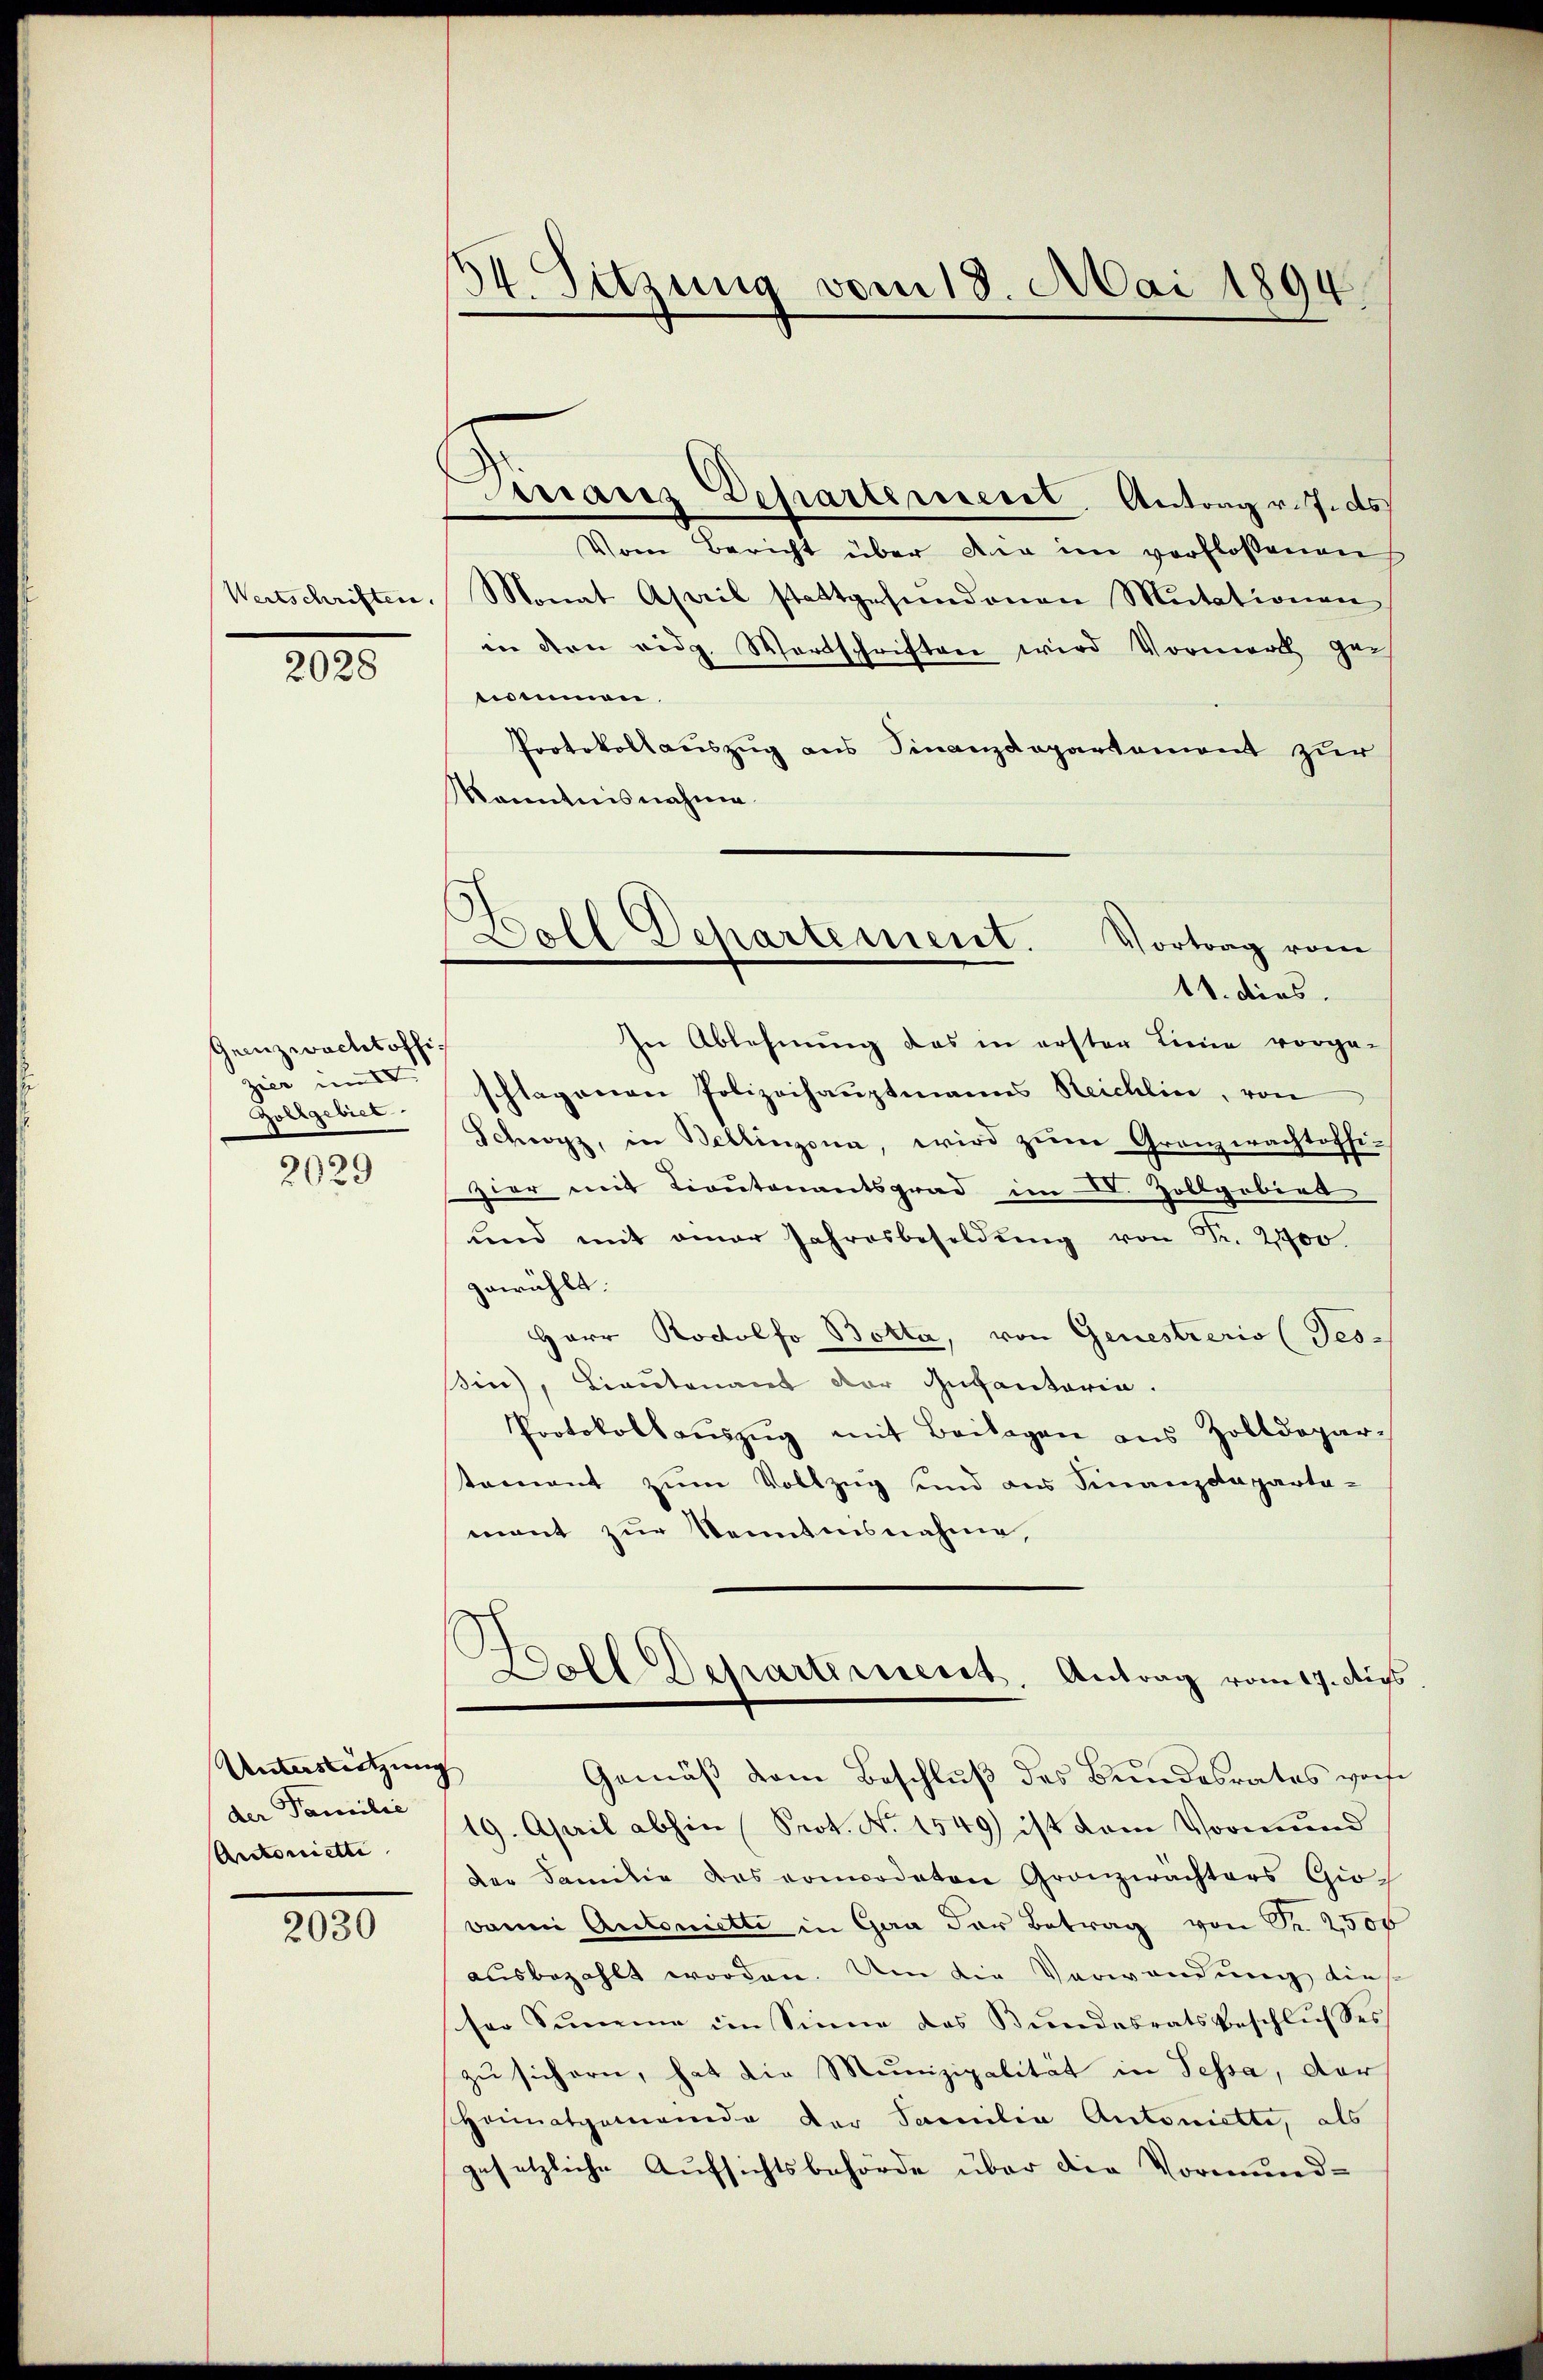
Wertschriften.

2028

Grenzwacht offizier und
Zollgebiet

2029

Unterstützung
der Familie
Arctoniette

2030

34. Sitzung vom 18. Mai 1894

Daraus Departenseret. Antrag refids
Vom Bericht über den im verflossenen
Monat April stattgefundenen Mutationen
in den eidg. Wortschriften wird Vormerk ge-
nommen.
Protokollauszug aus Finanzdepartement zur
Kenntnisnahme
In Ablehnung das in erster Linie vorge-
schlagenen Polizeihauptmanns Reichlin, von
Schwyz, in Bellinzona, wird zum Granzwachtoffi-
zier mit Liontonantsgrad im D. Zollgobirt
lnd mit einer Jahresbesoldŭng von Fr. 2900.
gewählt.
Herr Rodolfo Botta, von Genestreris (Tes-
in), Lieutenant der Infantaria.
Protokoll aŭszŭg mit Beilagen aus Zolldepar-
tement zum Vollzug und aus Finanzdeparta-
mant zur Kenntnisnahme,
Holl Departement. Antrag vom 17. dies
Gemäß dem Beschluß des Bundesrates woh
19. April abhin (Prot. No 1549) ist dem Vormund
der Familie das vommodaten Granzwachters Gio¬
Banni Automette in Gera der Betrag von Sr. 2500
ausbezahlt worden. Um die Verwendung dies
ser Summe im Sinne des Bundesratsbeschlusses
zu sichern, hat die Munizipalität in Tessa, der
Heimatgemeinde der Samilia Antoniette, als
gesetzliche Aufsichtsbehörde über die Vormund-

Boll Dehartement.
Vortrag vom
11. dies.